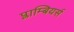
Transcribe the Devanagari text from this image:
प्लाम्बियर्स